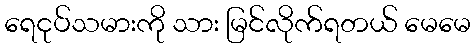
ရေငုပ်သမားကို သား မြင်လိုက်ရတယ် မေမေ